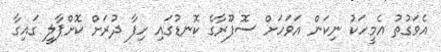
އެވަގުތު އެމީހަކު ނިކަން އަވަހަށް ސޮފޫރާގެ ކޮނޑުގައި ހިފާ ދުރަށް ކޮށްޕާލީ ގައިގާ